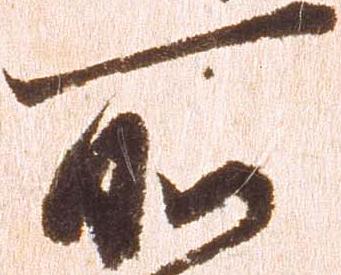
所